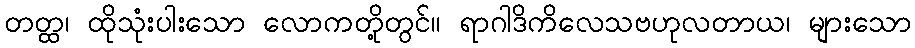
တတ္ထ၊ ထိုသုံးပါးသော လောကတို့တွင်။ ရာဂါဒိကိလေသဗဟုလတာယ၊ များသော